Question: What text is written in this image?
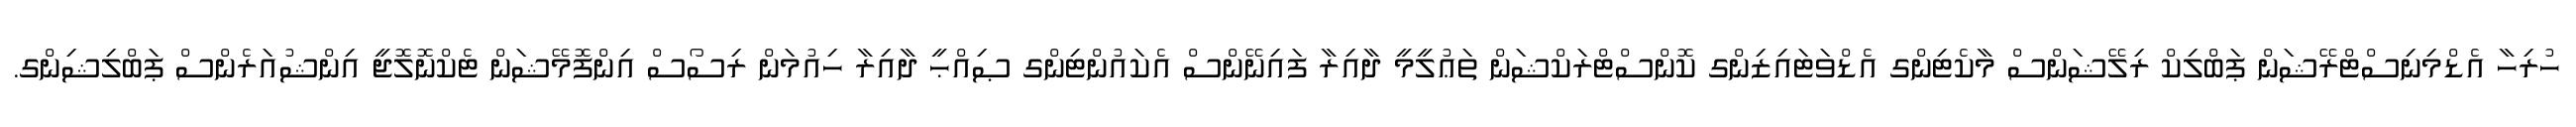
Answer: ހުރިހާ އެޑްމިނިސްޓްރޭޝަން ޕަބްލިކް ރިލޭޝަންސް މާކެޓިންގ އެޑްވަޓައިޒިންގ ކޮންސްޓްރަކްޝަން ތަޢުލީމީ ދާއިރާ ފައިނޭންސް އެކައުންޓިންގ ޞިއްޙީ ދާއިރާ ހިއުމަން ރިސޯސް އިންފޮމޭޝަން ޓެކްނޮލޮޖީ އިންޝުއަރެންސް ޕަބްލިޝިންގ.